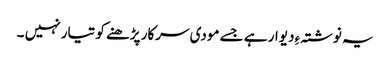
یہ نوشتہ ءِ دیوار ہے جسے مودی سرکار پڑھنے کو تیار نہیں ۔